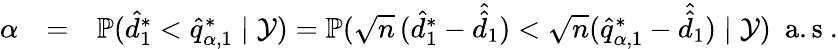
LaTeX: \begin{array}{rlr}{\alpha}&{=}&{\mathbb{P}(\hat{d}_{1}^{*}<\hat{q}_{\alpha,1}^{*}\mid\mathcal{Y})=\mathbb{P}(\sqrt{n}\thinspace(\hat{d}_{1}^{*}-\hat{\hat{d}}_{1})<\sqrt{n}(\hat{q}_{\alpha,1}^{*}-\hat{\hat{d}}_{1})\mid\mathcal{Y})\ \mathrm{~a.s~}.}\end{array}